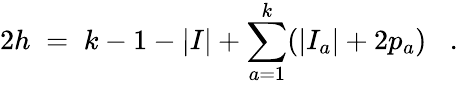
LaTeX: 2h\; =\; k-1-|I|+\sum_{a=1}^{k}(|I_{a}|+2p_{a})\; \; \; .